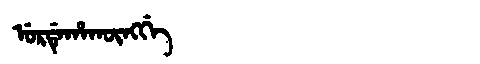
Manchu: ᡠᡵᡩᡝᡥᠠᡴᡡᠩᡤᡝ
Romanization: URDEHAKŪNGGE